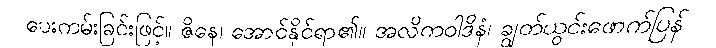
ပေးကမ်းခြင်းဖြင့်။ ဇိနေ၊ အောင်နိုင်ရာ၏။ အလိကဝါဒိနံ၊ ချွတ်ယွင်းဖောက်ပြန်